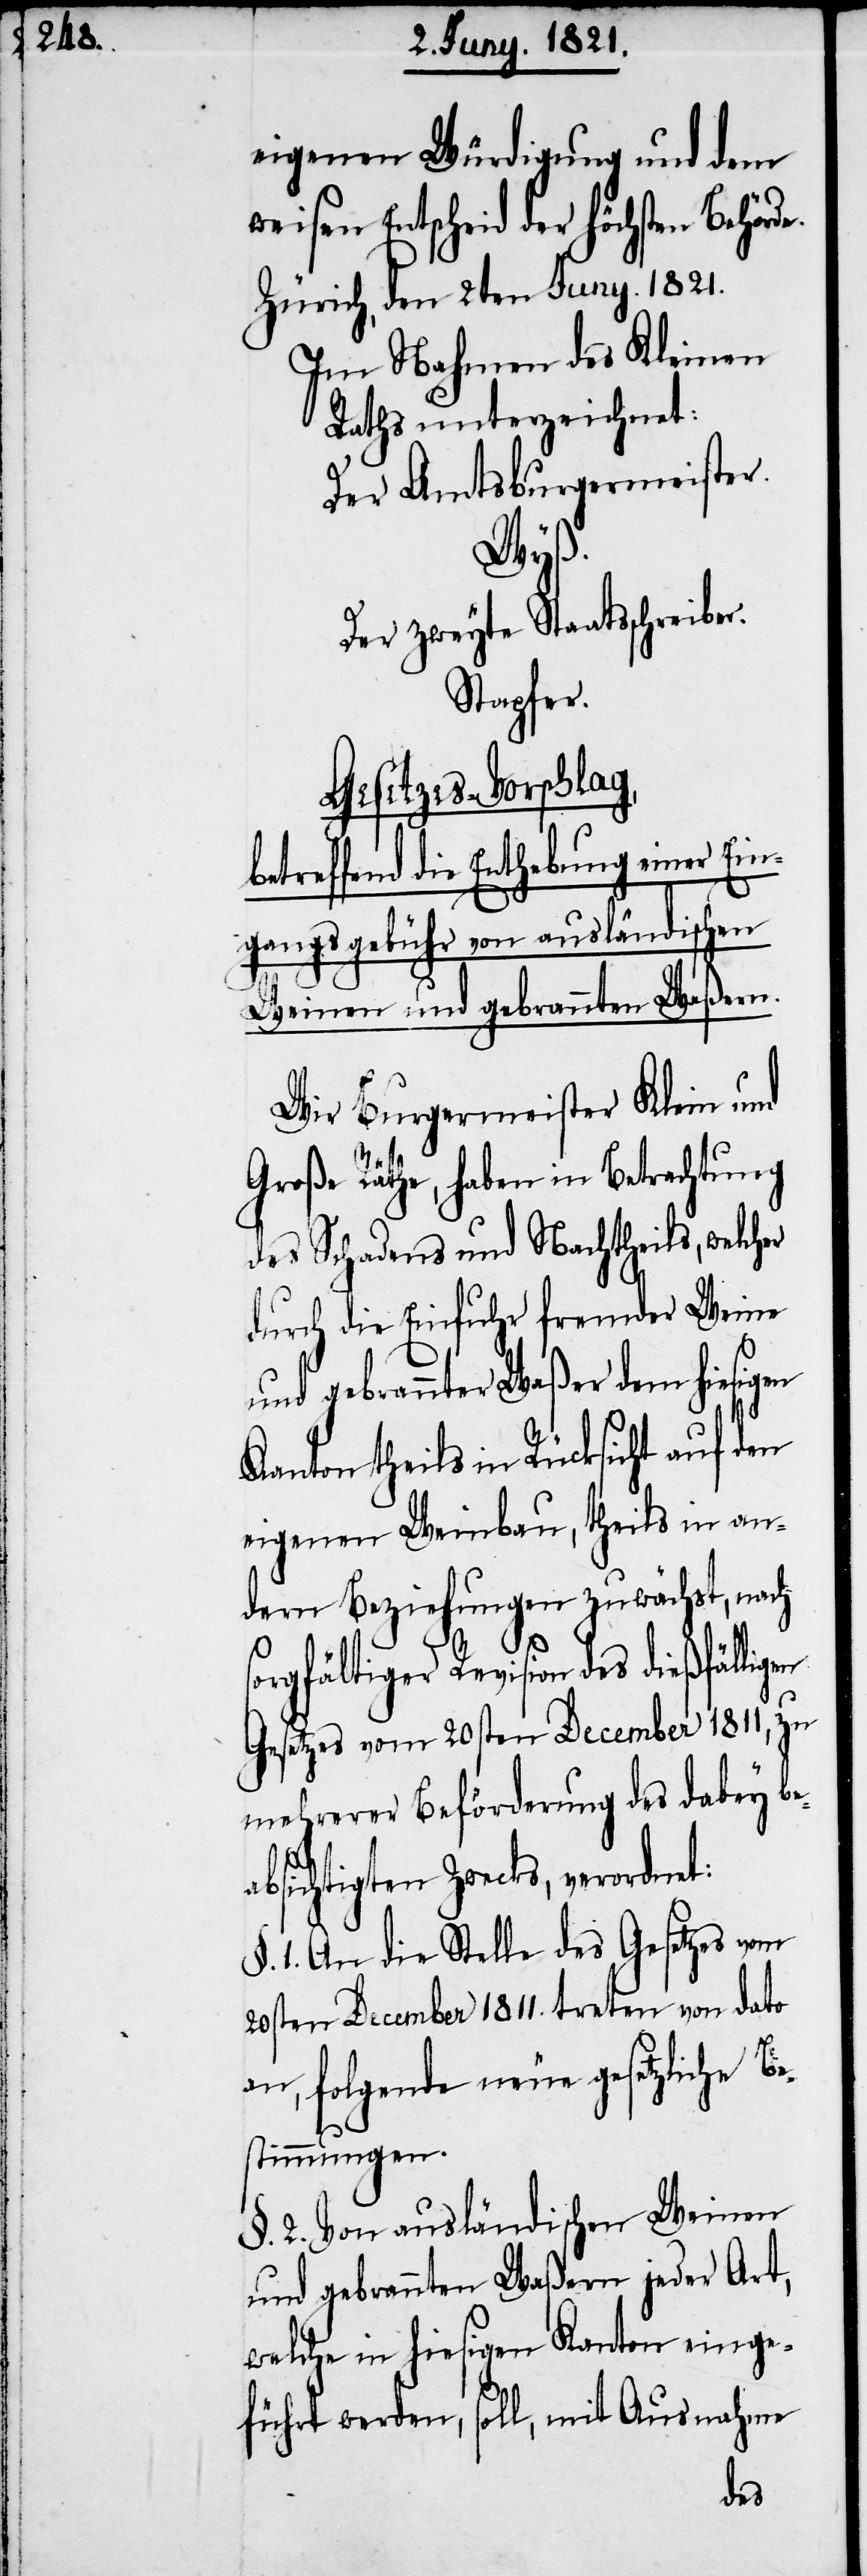
eigenen Würdigung und dem
weisen Entscheid der höchsten Behörde.
Zürich, den 2ten Juny 1821.
Im Nahmen des Kleinen
Rathes unterzeichnet:
Der Amtsburgermeister.
gebühr
Der Zweyte Staatsschreiber.
Stapfer.
Gesetzes-Vorschlag,
betreffend die Enthebung einer Ein¬
Weinen und gebrannten Waßern.
Wir Burgermeister Klein und
Große Räthe, haben in Betrachtung
des Schadens und Nachtheils, welcher
durch die Einfuhr fremder Weine
und gebrannter Waßer dem hiesigen
Kanton theils in Rücksicht auf den
eigenen Weinbau, theils in an¬
dern Beziehungen zuwächst, nach
sorgfältiger Revision des dießfälligen
Gesetzes vom 20sten December 1811, zu
mehrerer Beförderung des dabey be¬
absichtigten Zwecks, verordnet:
§. 1. An die Stelle des Gesetzes vom
20sten December 1811. treten von dato
an, folgende neue gesetzliche Be¬
stimmungen.
§. 2. Von ausländischen Weinen
und gebrannten Waßern jeder Art,
welche in hiesigen Kanton einge¬
führt werden, soll, mit Ausnahme